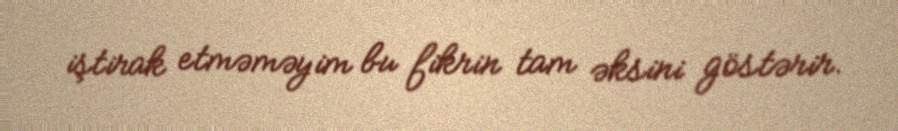
iştirak etməməyim bu fikrin tam əksini göstərir.